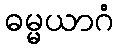
ဓမ္မယာဂံ